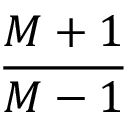
\frac { M + 1 } { M - 1 }